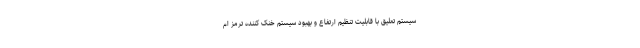
سیستم تعلیق با قابلیت تنظیم ارتفاع و بهبود سیستم خنک کننده ترمز ام